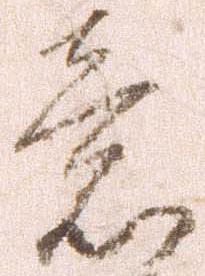
意